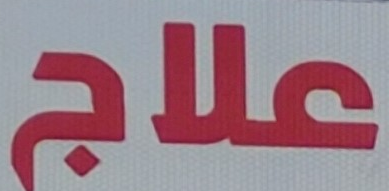
علاج